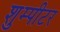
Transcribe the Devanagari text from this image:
शुम्पीटर